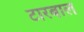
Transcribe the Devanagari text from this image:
टारबाल